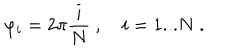
\varphi _ { i } = 2 \pi \frac { i } { N } \ , \quad i = 1 . . . N \ .